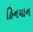
હિનયાન